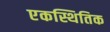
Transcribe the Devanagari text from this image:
एकस्थितिक